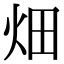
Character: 畑